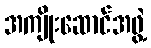
အကျိုးဆောင်အဖွဲ့